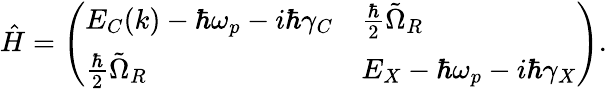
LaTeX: \hat{H}=\left(\begin{array}{ll}{E_{C}(k)-\hbar\omega_{p}-i\hbar\gamma_{C}}&{\frac{\hbar}{2}\tilde{\Omega}_{R}}\\ {\frac{\hbar}{2}\tilde{\Omega}_{R}}&{E_{X}-\hbar\omega_{p}-i\hbar\gamma_{X}}\end{array}\right).